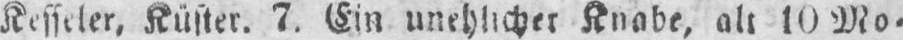
Kesseler, Küster. 7. Ein unehelicher Knabe, alt 10 Mo⸗